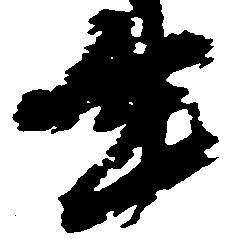
生